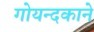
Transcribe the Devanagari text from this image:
गोयन्‍दकाने